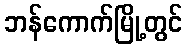
ဘန်ကောက်မြို့တွင်